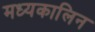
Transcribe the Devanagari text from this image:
मध्यकालिन